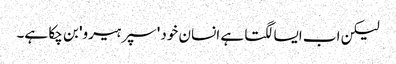
لیکن اب ایسا لگتا ہے انسان خود 'سپر ہیرو' بن چکا ہے۔